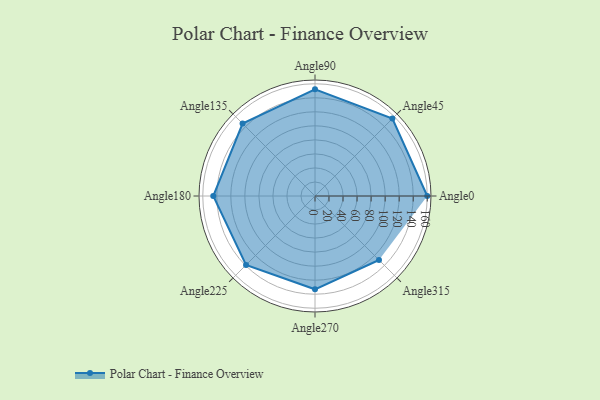
{"axis": {"x": "Angle", "y": "Radius"}, "legend": [""], "data": [{"x": "Angle0", "y": 160.0, "type": ""}, {"x": "Angle45", "y": 156.0, "type": ""}, {"x": "Angle90", "y": 152.0, "type": ""}, {"x": "Angle135", "y": 146.0, "type": ""}, {"x": "Angle180", "y": 145.0, "type": ""}, {"x": "Angle225", "y": 139.0, "type": ""}, {"x": "Angle270", "y": 133.0, "type": ""}, {"x": "Angle315", "y": 129.0, "type": ""}]}